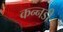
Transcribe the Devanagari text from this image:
कन्नडी